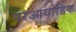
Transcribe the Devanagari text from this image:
परआयोडिक